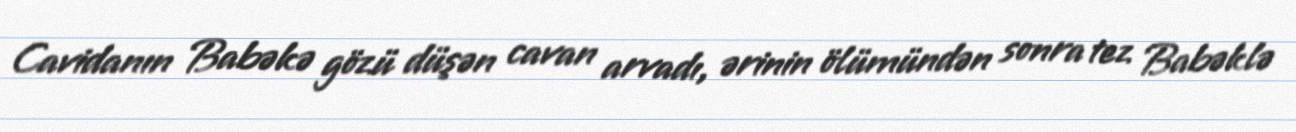
Cavidanın Babəkə gözü düşən cavan arvadı, ərinin ölümündən sonra tez Babəklə